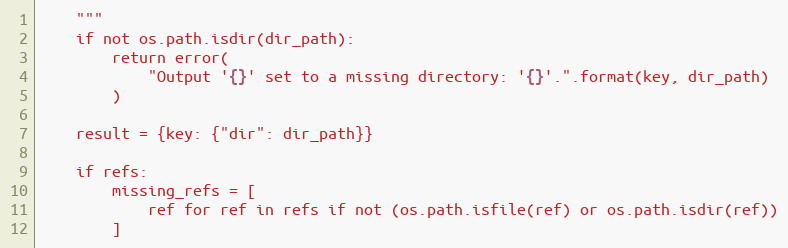
Language: Python
    """
    if not os.path.isdir(dir_path):
        return error(
            "Output '{}' set to a missing directory: '{}'.".format(key, dir_path)
        )

    result = {key: {"dir": dir_path}}

    if refs:
        missing_refs = [
            ref for ref in refs if not (os.path.isfile(ref) or os.path.isdir(ref))
        ]